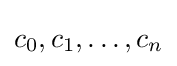
c_{0},c_{1},\dotsc ,c_{n}